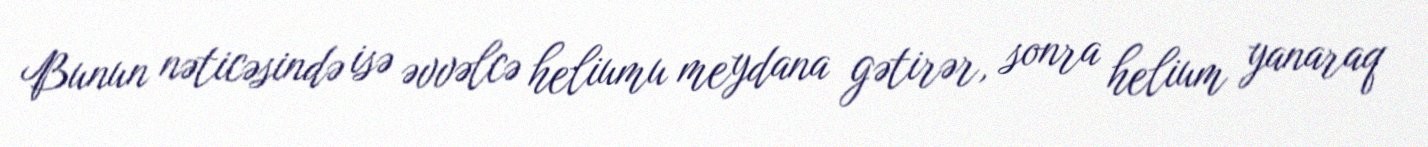
Bunun nəticəsində isə əvvəlcə heliumu meydana gətirər, sonra helium yanaraq